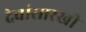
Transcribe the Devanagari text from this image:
देवांसारखी